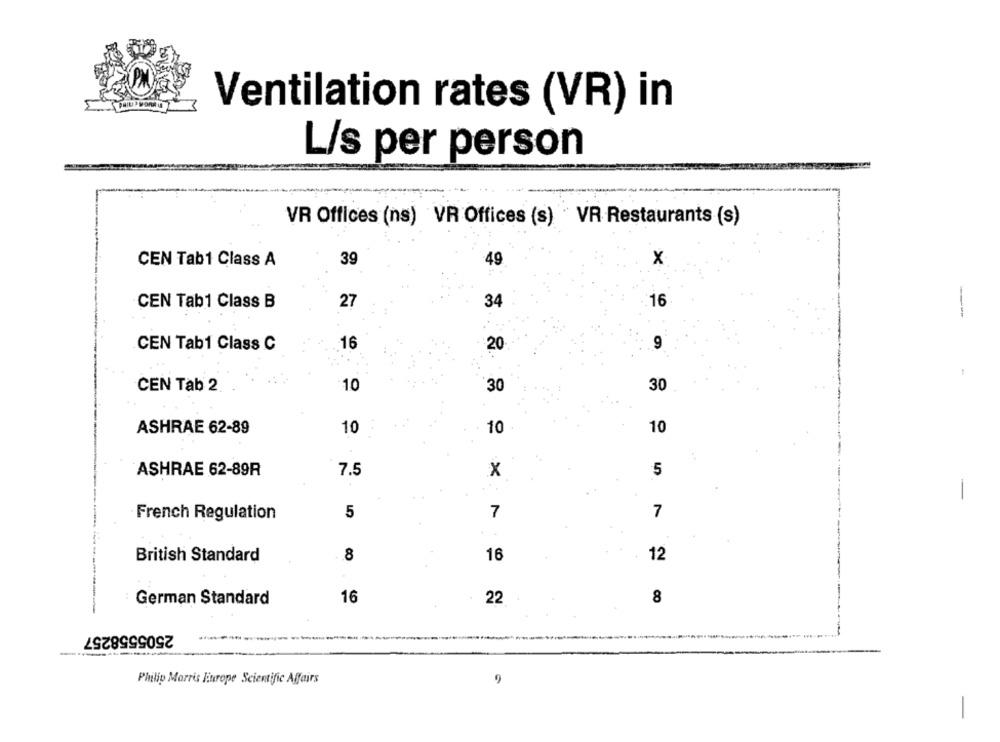
Ventilation rates (VR) in
L/s per person
VR Offices (ns) VR Offices (s) " VR Restaurants (s)
CEN Tab1 Class A
39
49
x
CEN Tab1 Class B
27
34
16
---
CEN Tab1 Class C
16
20
9
1
CEN Tab 2
10
30
30
ASHRAE 62-89
10
10
10
ASHRAE 62-89R
7.5
X
5
-
7
7
French Regulation
5
8
12
British Standard
16
German Standard
16
22
8
2505558257
Philip Morris liurope Scientific Affairs
9